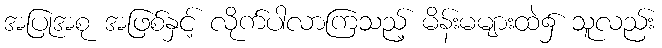
အပြုအစု အဖြစ်နှင့် လိုက်ပါလာကြသည့် မိန်းမများထဲ၌ သူလည်း